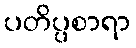
ပတိပ္ပစာရာ